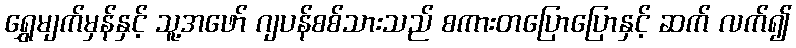
ရွှေမျက်မှန်နှင့် သူ့အဖော် ဂျပန်စစ်သားသည် စကားတပြောပြောနှင့် ဆက် လက်၍